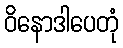
ဝိနောဒါပေတုံ